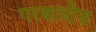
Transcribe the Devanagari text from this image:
गरबाजोस